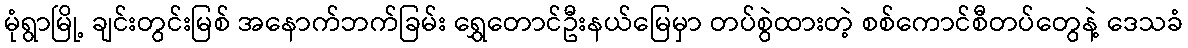
မုံရွာမြို့ ချင်းတွင်းမြစ် အနောက်ဘက်ခြမ်း ရွှေတောင်ဦးနယ်မြေမှာ တပ်စွဲထားတဲ့ စစ်ကောင်စီတပ်တွေနဲ့ ဒေသခံ